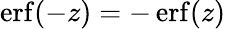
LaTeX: \operatorname{erf}(-z)=-\operatorname{erf}(z)